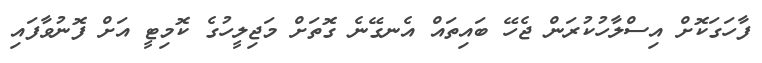
ފާހަގަކޮށް އިސްލާހުކުރަން ޖެހޭ ބައިތައް އެނގޭނެ ގޮތަށް މަޖިލީހުގެ ކޮމިޓީ އަށް ފޮނުވާފައި